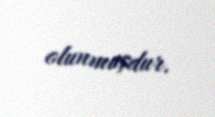
olunmuşdur.